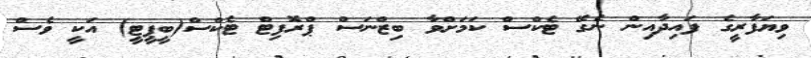
ވިޔަފާރީގެ ފައިދާއިން ނެގޭ ޓެކްސް ކަމަށްވާ ބިޒްނަސް ޕްރޮފިޓް ޓެކްސް(ބީޕީޓީ) އަކީ ވެސް